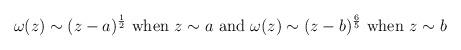
LaTeX: \begin{align*}\qquad \omega(z) \sim (z-a)^{1 \over 2} \makebox{ when } z \sim a \makebox{ and } \omega(z) \sim (z-b)^{6 \over 5} \makebox{ when } z \sim b\end{align*}